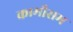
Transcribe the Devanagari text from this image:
कामौसम